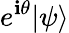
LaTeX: e^{\mathbf{i}\theta}|\psi\rangle